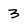
Character: 3